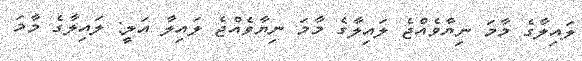
ލައިލާގެ މާމަ ނިޔާވެއްޖެ ލައިލާގެ މާމަ ނިޔާވެއްޖެ ލައިލާ އަލީ: ލައިލާގެ މާމަ